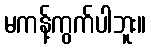
မကန့်ကွက်ပါဘူး။